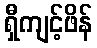
ရှီကျင့်ဖိန်